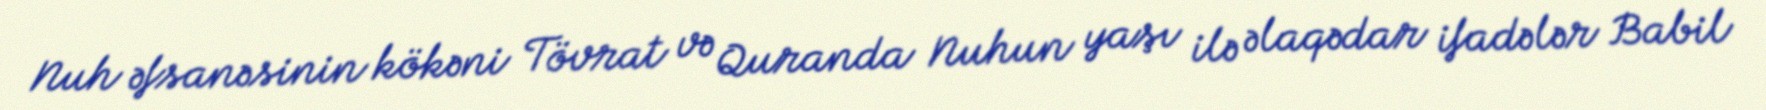
Nuh əfsanəsinin kökəni Tövrat və Quranda Nuhun yaşı ilə əlaqədar ifadələr Babil